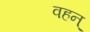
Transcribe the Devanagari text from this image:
वहन्